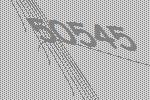
50545